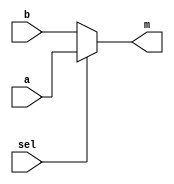
module multi_plexer(input  a,b,sel,output m);
assign m=sel?a:b;
endmodule